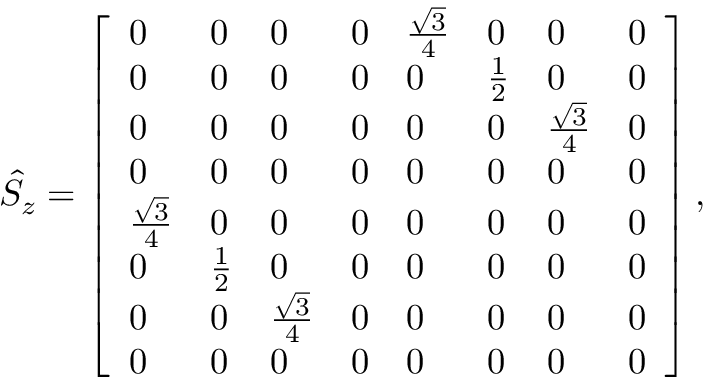
\begin{array} { r } { \hat { S } _ { z } = \left[ \begin{array} { l l l l l l l l } { 0 } & { 0 } & { 0 } & { 0 } & { \frac { \sqrt { 3 } } { 4 } } & { 0 } & { 0 } & { 0 } \\ { 0 } & { 0 } & { 0 } & { 0 } & { 0 } & { \frac { 1 } { 2 } } & { 0 } & { 0 } \\ { 0 } & { 0 } & { 0 } & { 0 } & { 0 } & { 0 } & { \frac { \sqrt { 3 } } { 4 } } & { 0 } \\ { 0 } & { 0 } & { 0 } & { 0 } & { 0 } & { 0 } & { 0 } & { 0 } \\ { \frac { \sqrt { 3 } } { 4 } } & { 0 } & { 0 } & { 0 } & { 0 } & { 0 } & { 0 } & { 0 } \\ { 0 } & { \frac { 1 } { 2 } } & { 0 } & { 0 } & { 0 } & { 0 } & { 0 } & { 0 } \\ { 0 } & { 0 } & { \frac { \sqrt { 3 } } { 4 } } & { 0 } & { 0 } & { 0 } & { 0 } & { 0 } \\ { 0 } & { 0 } & { 0 } & { 0 } & { 0 } & { 0 } & { 0 } & { 0 } \end{array} \right] , } \end{array}